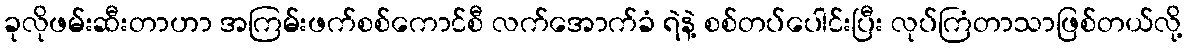
ခုလိုဖမ်းဆီးတာဟာ အကြမ်းဖက်စစ်ကောင်စီ လက်အောက်ခံ ရဲနဲ့ စစ်တပ်ပေါင်းပြီး လုပ်ကြံတာသာဖြစ်တယ်လို့